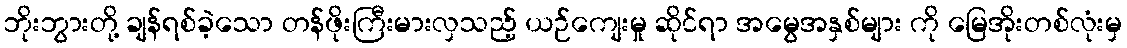
ဘိုးဘွားတို့ ချန်ရစ်ခဲ့သော တန်ဖိုးကြီးမားလှသည့် ယဉ်ကျေးမှု ဆိုင်ရာ အမွေအနှစ်များ ကို မြေအိုးတစ်လုံးမှ